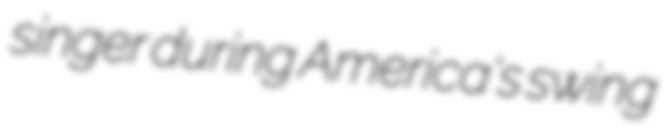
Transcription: singer during America's swing